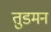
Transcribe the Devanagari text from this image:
तुडमन